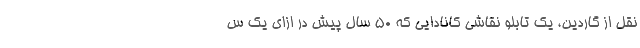
نقل از گاردین، یک تابلو نقاشی کانادایی که ۵۰ سال پیش در ازای یک س